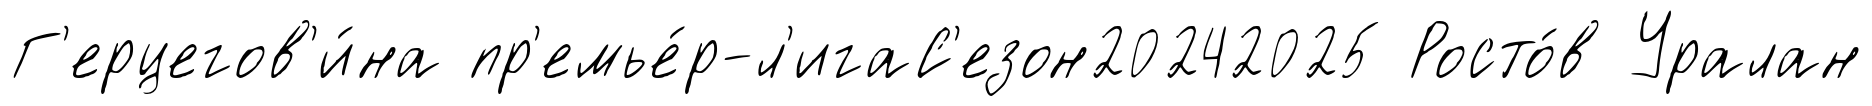
Г'ерцегов'и́на пр'емье́р-л'игаС'езон20242025 Росто́в Уралан